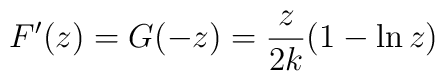
F'(z) = G(-z) = {z\over 2k} (1-\ln z)